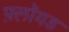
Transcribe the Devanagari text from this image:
फ़्लॉयड